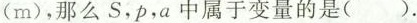
(m)，那么S，p，a中属于变量的是( ).